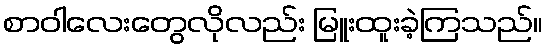
စာဝါလေးတွေလိုလည်း မြူးထူးခဲ့ကြသည်။